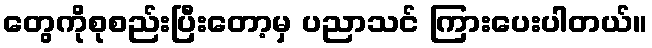
တွေကိုစုစည်းပြီးတော့မှ ပညာသင် ကြားပေးပါတယ်။